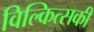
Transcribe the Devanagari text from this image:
विल्कित्सकी